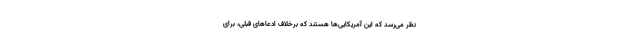
نظر می‌رسد که این آمریکایی‌ها هستند که برخلاف ادعا‌های قبلی، برای